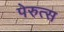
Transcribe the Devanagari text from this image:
पेरुत्स